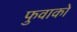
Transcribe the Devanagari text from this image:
फुवाको